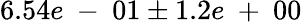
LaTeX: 6.54e\mathrm{~-~}01\pm 1.2e\mathrm{~+~}00